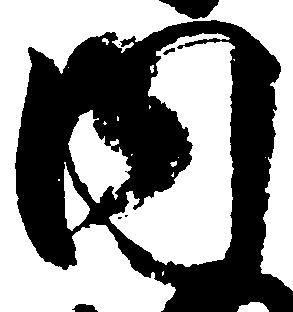
内